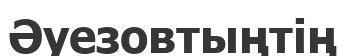
Әуезовтыңтің